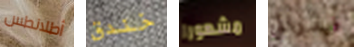
أطلانطس خندق مشهورا فيدرالي